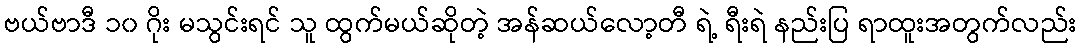
ဗယ်ဗာဒီ ၁၀ ဂိုး မသွင်းရင် သူ ထွက်မယ်ဆိုတဲ့ အန်ဆယ်လော့တီ ရဲ့ ရီးရဲ နည်းပြ ရာထူးအတွက်လည်း